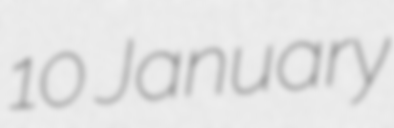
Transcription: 10 January